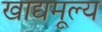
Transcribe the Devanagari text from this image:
खाद्यमूल्य